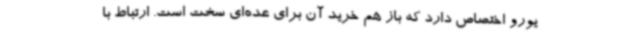
یورو اختصاص دارد که باز هم خرید آن برای عده‌ای سخت است. ارتباط با